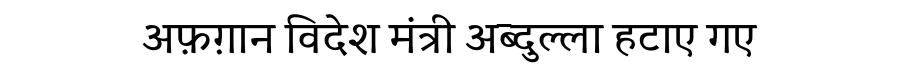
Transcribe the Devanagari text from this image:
अफ़ग़ान विदेश मंत्री अब्दुल्ला हटाए गए